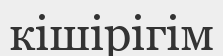
кішірігім